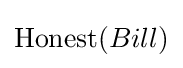
{\text{Honest}}(Bill)